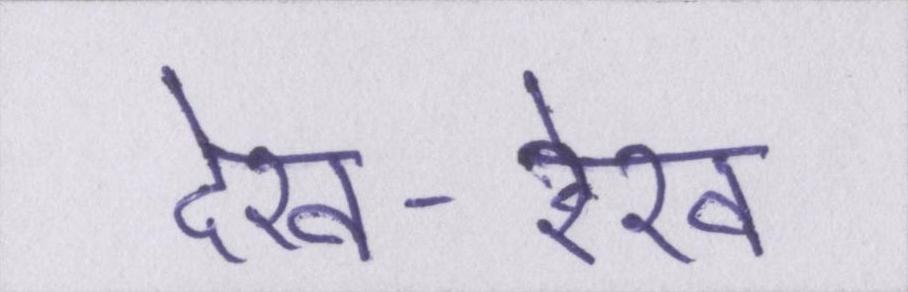
देख-रेख